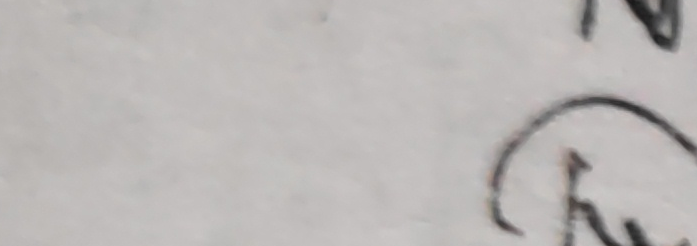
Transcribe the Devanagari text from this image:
हृ